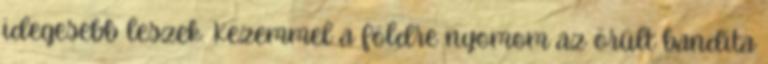
idegesebb leszek. Kezemmel a földre nyomom az örült bandita